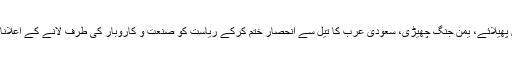
شہزادہ محمد بن سلمان نے شراکت اقتدار پاتے ہی پاؤں پھیلائے، یمن جنگ چھیڑی، سعودی عرب کا تیل سے انحصار ختم کرکے ریاست کو صنعت و کاروبار کی طرف لانے کے اعلانات کئے اور ساتھ ہی سفارتی سطح پر رابطے بڑھائے۔